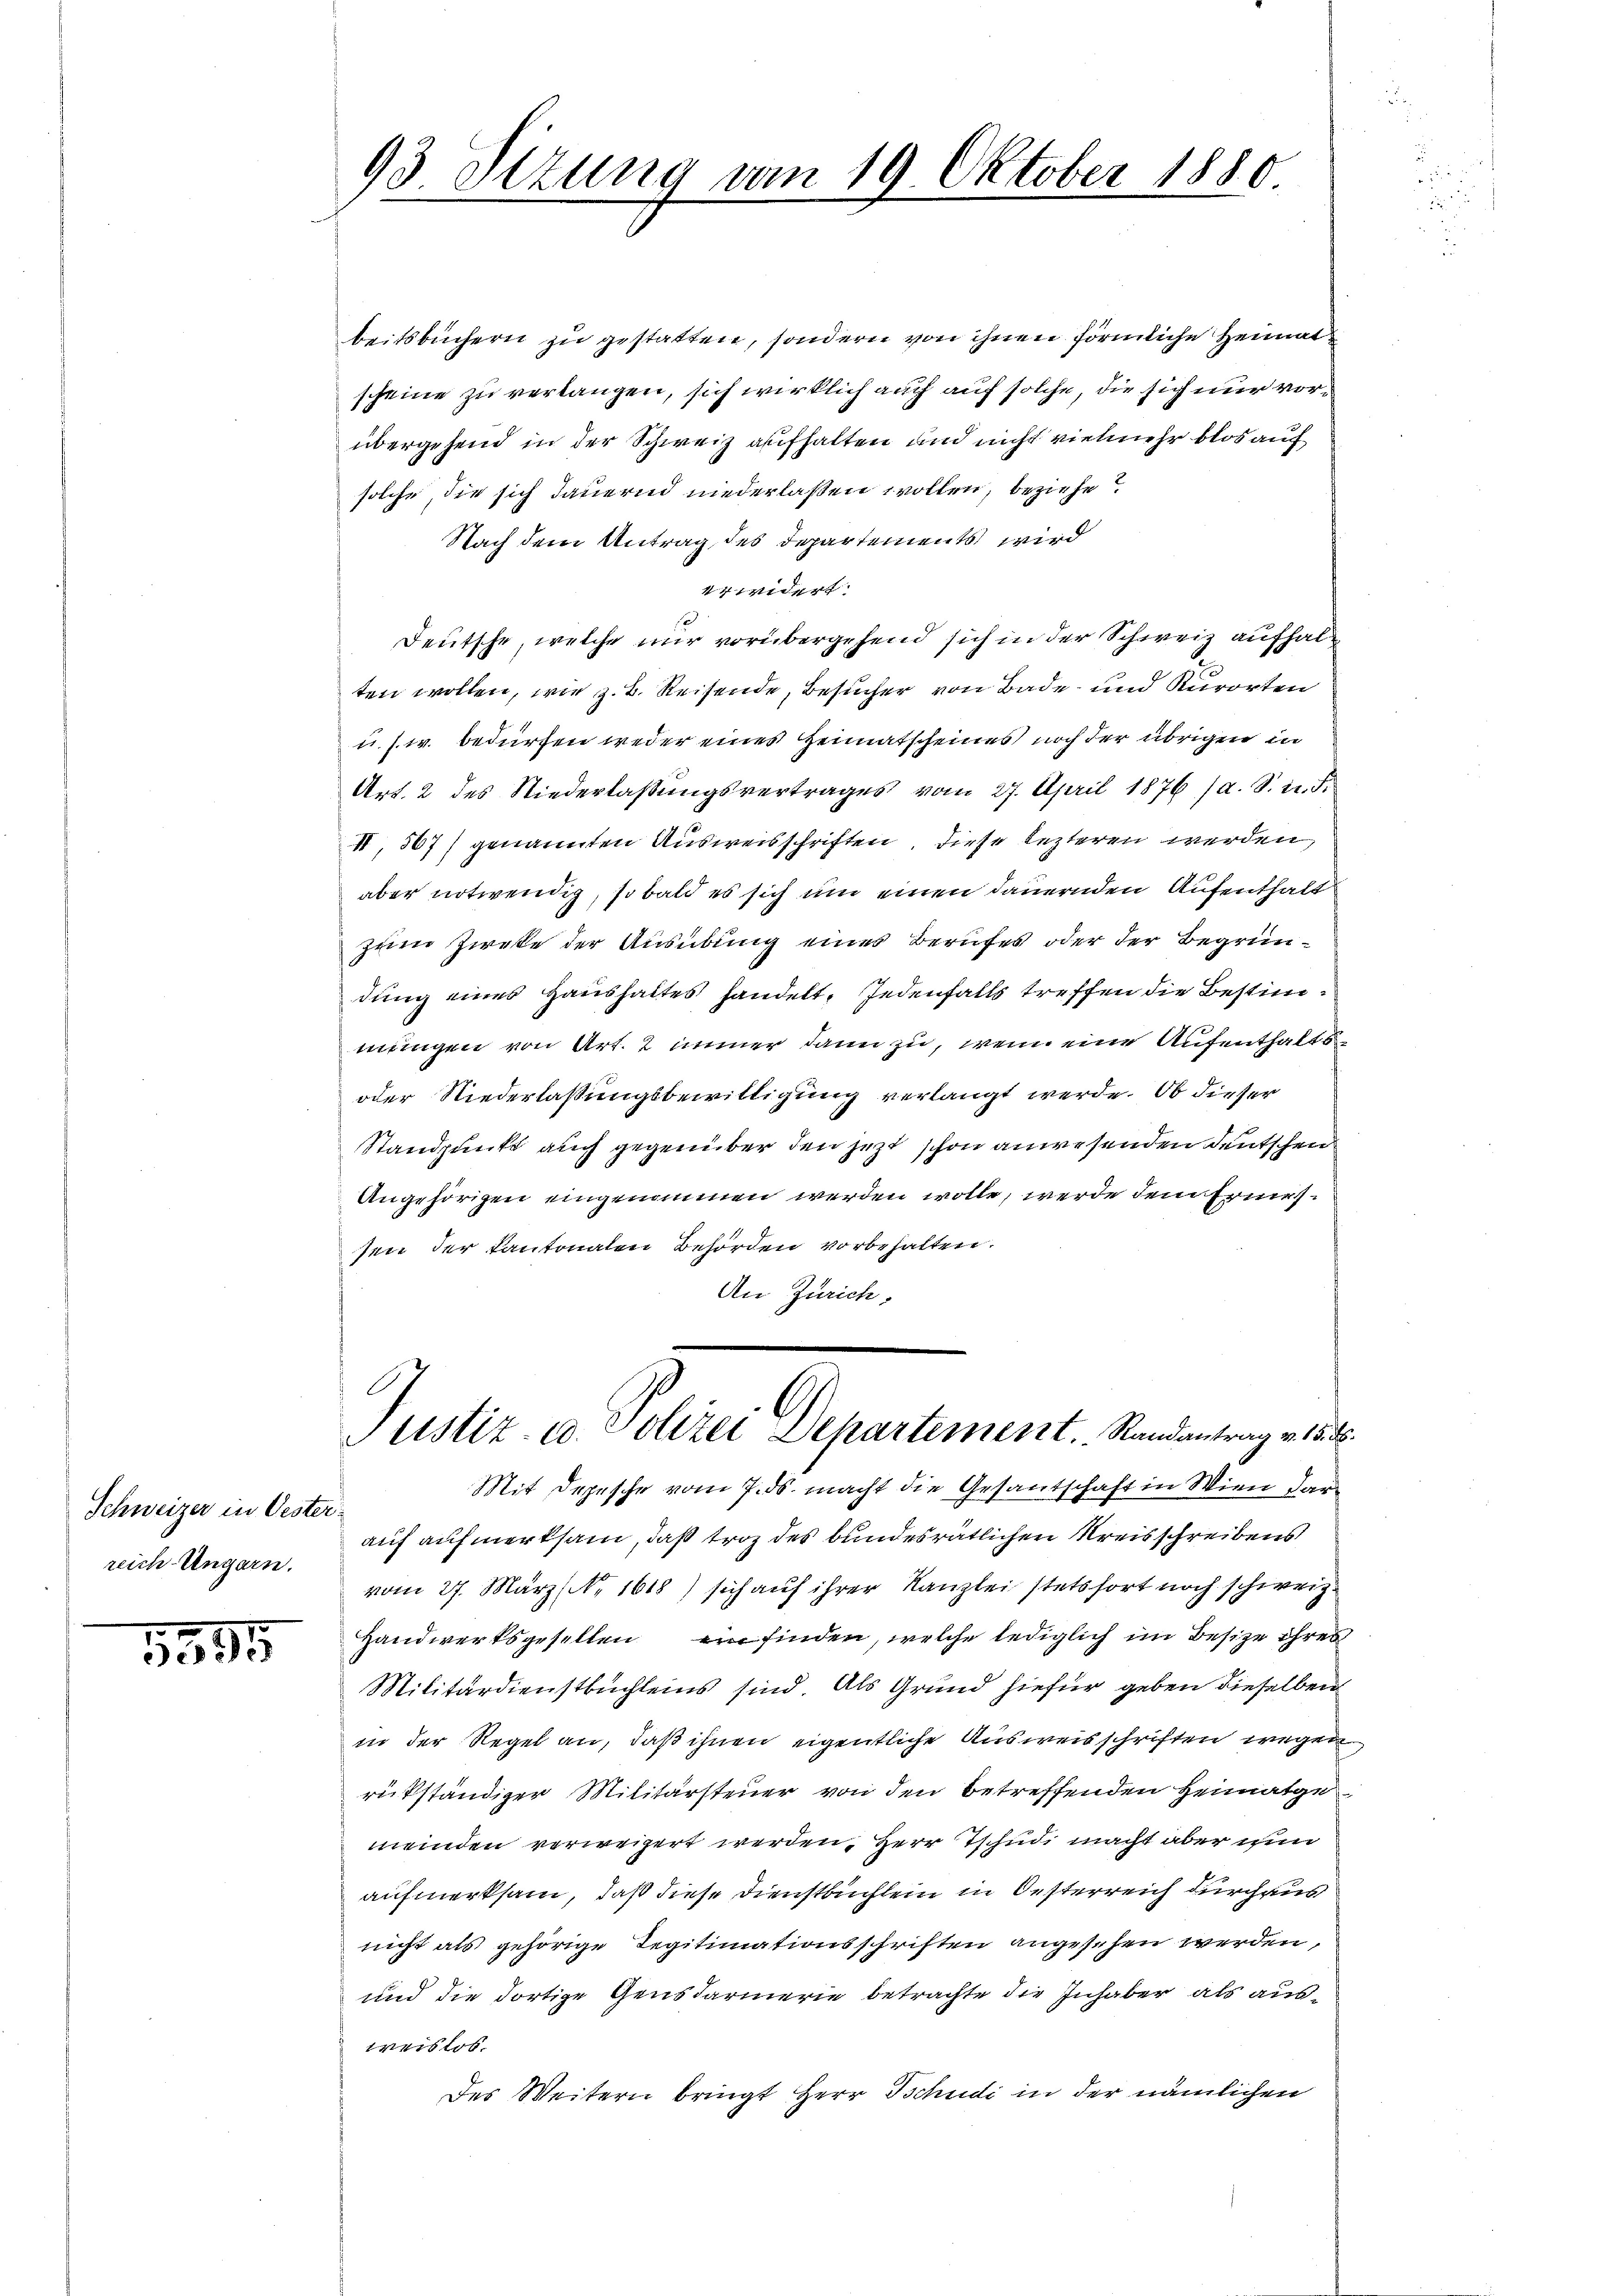
Schweizer in Oester.
reich-Ungarn.

5555

93 Sizung vom 19. Oktober 1880
¬

beitsbüchern zu gestatten, sondern von ihnen förmliche Heimat
scheine zu verlangen, sich wirklich auch auf solche, die sich nur vorübergehend in der Schweiz aufhalten und nicht vielmehr blos auf
solche, die sich dauernd niederlaßen wollen, beziehe
Nach dem Antrag des Departements wird
wider
Deutsche, welche nur vorübergehend sich in der Schweiz aufhalten wollen, wie z. B. Reisende, Besucher von Bade- und Kurorten
u. s. w. bedürfen weder eines Heimatscheines noch der übrigen in
Art. 2 des Niederlaßungsvertrages vom 27. April 1876 (a. S. 22. F.
II, 507) genannten Ausweisschriften, diese lezteren werden,
aber notwendig, so bald es sich um einen dauernden Aufenthalt
zum Zirke der Ausübung eines Berufes oder der Begründung eines Haushaltes handelt. Jedenfalls treffen die Bestimmungen von Art. 2 immer dann zu, wenn eine Aufenthalts
oder Niederlaßungsbewilligung verlangt werde. Ob dieser
Standpunkt auch gegenüber den jetzt schon anwesenden Deutschen
Angehörigen eingenommen werden wolle, werde dem Ernessen der Kantonalen Behörden vorbehalten.
An Zürich,
Justiz- u. Polizei Departement. Randantrag v. 158.
Mit Depesche vom 7. ds. macht die Gesandschaft in Wien dar
auf aufmerksam, daß trotz des bundesrätlichen Kreisschreibens
vom 27. März (Nr. 1618) sich auf ihrer Kanzlei stetsfort noch schweiz.
Handwerksgesellen ein finden, welche lediglich im Besize ihres
Militärdienstbuchleins sind. Als Grund hiefür geben dieselben
in der Regel an, daß ihnen eigentliche Ausweisschriften wegen,
rükständiger Militärsteuer von den betreffenden Heimatge
meinden verweigert werden. Herr Tschudi macht aber in
aufmerksam, daß diese Dienstbuchlein in Oesterreich durchaus
nicht als gehörige Regitimationsschriften angesehen werden,
und die dortige Gensdarmerie betrachte die Inhaber als ausweislos.
des Weitern bringt Herr Schudi in der nämlichen